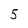
Character: 5